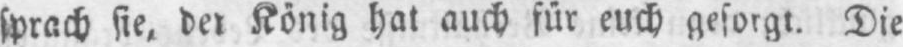
sprach sie, der König hat auch für euch gesorgt. Die